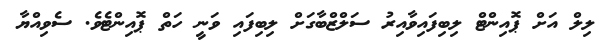
ލިލް އަށް ޕޮއިންޓް ލިބިފައިވާއިރު ސަލްޒްބާގަށް ލިބިފައި ވަނީ ހަތް ޕޮއިންޓެވެ. ސެވިއްޔާ